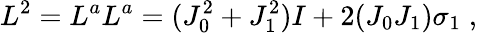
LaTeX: L^{2}=L^{a}L^{a}=(J_{0}^{2}+J_{1}^{2})I+2(J_{0}J_{1})\sigma_{1}\; ,